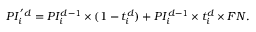
P I _ { i } ^ { ' d } = P I _ { i } ^ { d - 1 } \times ( 1 - t _ { i } ^ { d } ) + P I _ { i } ^ { d - 1 } \times t _ { i } ^ { d } \times F N .